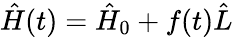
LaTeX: \hat{H}(t)=\hat{H}_{0}+f(t)\hat{L}